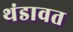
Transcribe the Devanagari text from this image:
थंडावत